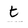
Character: t